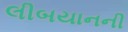
લીબયાનની